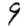
Digit: 9